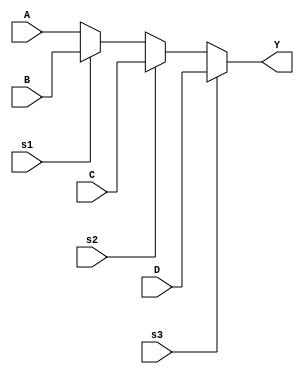
`timescale 1ns / 1ps
//////////////////////////////////////////////////////////////////////////////////
// Company: 
// Engineer: 
// 
// Design Name: 
// Module Name: mux3
// Project Name: 
// Target Devices: 
// Tool Versions: 
// Description: 
// 
// Dependencies: 
// 
// Revision:
// Revision 0.01 - File Created
// Additional Comments:
// 
//////////////////////////////////////////////////////////////////////////////////


module mux3(Y,A,B,C,D,s1,s2,s3);

input A,B,C,D;
input s1,s2,s3;
output reg Y;

always @(A,B,C,D,s1,s2,s3)

if (s3 == 1)
    Y = D;
else if (s2 == 1)
    Y = C;
else if (s1 == 1)
    Y = B;
else
    Y = A;
    
endmodule